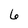
Character: 6